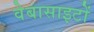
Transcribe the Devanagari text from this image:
वेबासाइटों